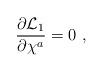
LaTeX: \begin{align*}{\partial {\cal L}_1 \over \partial \chi^a} = 0\,\,,\end{align*}